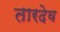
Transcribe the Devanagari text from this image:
तारदेव